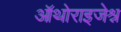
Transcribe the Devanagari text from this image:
ऑथोराइजेश्न